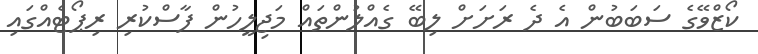
ކޯޒްވޭގެ ސަބަބުން އެ ދެ ރަށަށް ލިބޭ ގެއްލުންތައް މަޖިލީހުން ފާސްކުރި ރިޕޯޓެއްގައި